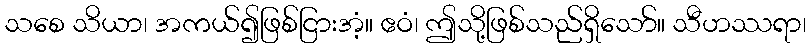
သစေ သိယာ၊ အကယ်၍ဖြစ်ငြားအံ့။ ဧဝံ၊ ဤသို့ဖြစ်သည်ရှိသော်။ သီဟဿရာ၊